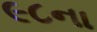
૯૮ના